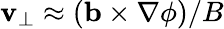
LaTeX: \mathbf{v}_{\perp}\approx(\mathbf{b}\times\nabla\phi)/B